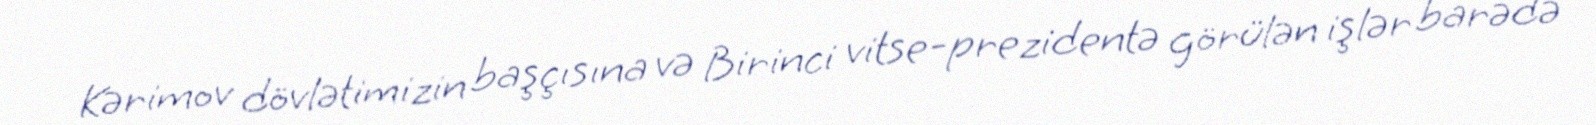
Kərimov dövlətimizin başçısına və Birinci vitse-prezidentə görülən işlər barədə